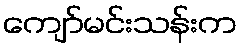
ကျော်မင်းသန်းက